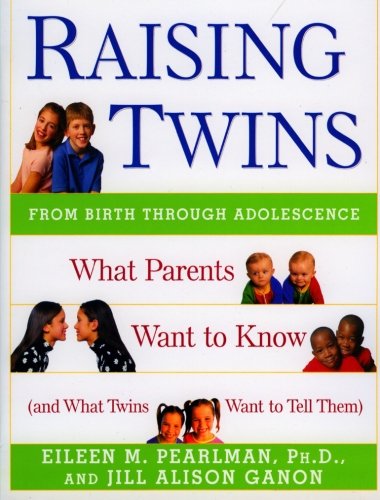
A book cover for Raising Twins: What Parents Want to Know (and What Twins Want to Tell Them); Eileen M. Pearlman; Parenting & Relationships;